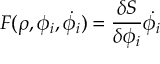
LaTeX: F ( \rho , \phi _ { i } , \dot { \phi _ { i } } ) = { \frac { \delta S } { \delta \phi _ { i } } } \dot { \phi _ { i } }